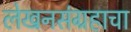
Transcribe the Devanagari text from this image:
लेखनसंग्रहाचा